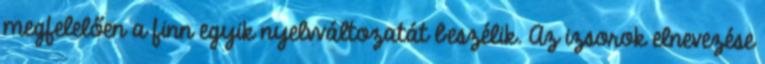
megfelelően a finn egyik nyelvváltozatát beszélik. Az izsorok elnevezése